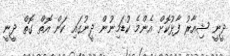
ދީނީ ޝިއާރު ފާޅުކޮށް އެންމެ ކުޑަމިނުން ދީނުގައި ކަން އޮތް ގޮތް ދީނީ